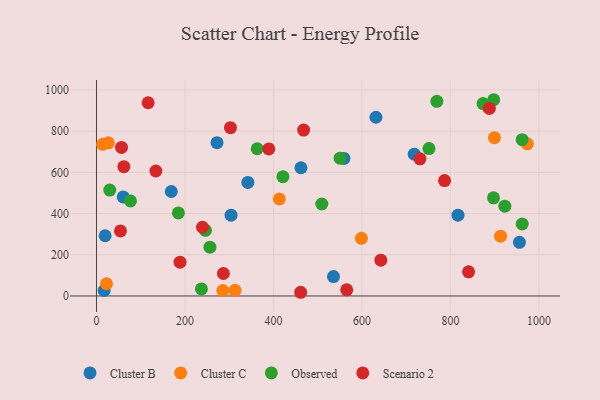
{"axis": {"x": "Study Hours", "y": "Exam Score"}, "legend": ["Cluster B", "Cluster C", "Observed", "Scenario 2"], "data": [{"x": "17.4", "y": 26.4, "type": "Cluster B"}, {"x": "304.2", "y": 392.2, "type": "Cluster B"}, {"x": "342.1", "y": 551.1, "type": "Cluster B"}, {"x": "169.1", "y": 507.0, "type": "Cluster B"}, {"x": "631.6", "y": 867.5, "type": "Cluster B"}, {"x": "535.7", "y": 94.1, "type": "Cluster B"}, {"x": "462.2", "y": 622.5, "type": "Cluster B"}, {"x": "19.6", "y": 292.4, "type": "Cluster B"}, {"x": "559.2", "y": 667.6, "type": "Cluster B"}, {"x": "718.1", "y": 688.3, "type": "Cluster B"}, {"x": "955.9", "y": 260.2, "type": "Cluster B"}, {"x": "272.5", "y": 744.1, "type": "Cluster B"}, {"x": "60.4", "y": 480.6, "type": "Cluster B"}, {"x": "817.1", "y": 392.2, "type": "Cluster B"}, {"x": "899.4", "y": 768.2, "type": "Cluster C"}, {"x": "313.2", "y": 27.5, "type": "Cluster C"}, {"x": "285.5", "y": 26.0, "type": "Cluster C"}, {"x": "22.7", "y": 59.2, "type": "Cluster C"}, {"x": "913.3", "y": 290.3, "type": "Cluster C"}, {"x": "973.9", "y": 738.3, "type": "Cluster C"}, {"x": "598.8", "y": 279.8, "type": "Cluster C"}, {"x": "413.3", "y": 470.9, "type": "Cluster C"}, {"x": "13.9", "y": 736.3, "type": "Cluster C"}, {"x": "26.8", "y": 743.3, "type": "Cluster C"}, {"x": "550.6", "y": 669.0, "type": "Observed"}, {"x": "256.4", "y": 236.8, "type": "Observed"}, {"x": "246.2", "y": 318.4, "type": "Observed"}, {"x": "509.3", "y": 446.5, "type": "Observed"}, {"x": "185.1", "y": 403.2, "type": "Observed"}, {"x": "751.5", "y": 715.6, "type": "Observed"}, {"x": "885.0", "y": 918.1, "type": "Observed"}, {"x": "421.4", "y": 579.3, "type": "Observed"}, {"x": "962.2", "y": 349.4, "type": "Observed"}, {"x": "30.0", "y": 514.0, "type": "Observed"}, {"x": "237.2", "y": 34.4, "type": "Observed"}, {"x": "873.8", "y": 933.8, "type": "Observed"}, {"x": "363.3", "y": 714.6, "type": "Observed"}, {"x": "962.1", "y": 758.7, "type": "Observed"}, {"x": "769.3", "y": 944.7, "type": "Observed"}, {"x": "923.0", "y": 435.7, "type": "Observed"}, {"x": "897.8", "y": 952.6, "type": "Observed"}, {"x": "76.8", "y": 461.3, "type": "Observed"}, {"x": "897.4", "y": 476.2, "type": "Observed"}, {"x": "731.2", "y": 665.7, "type": "Scenario 2"}, {"x": "61.9", "y": 627.8, "type": "Scenario 2"}, {"x": "642.7", "y": 173.5, "type": "Scenario 2"}, {"x": "56.6", "y": 720.9, "type": "Scenario 2"}, {"x": "888.0", "y": 910.4, "type": "Scenario 2"}, {"x": "389.5", "y": 713.9, "type": "Scenario 2"}, {"x": "841.0", "y": 117.2, "type": "Scenario 2"}, {"x": "302.8", "y": 817.1, "type": "Scenario 2"}, {"x": "239.6", "y": 333.5, "type": "Scenario 2"}, {"x": "134.2", "y": 606.5, "type": "Scenario 2"}, {"x": "786.7", "y": 560.3, "type": "Scenario 2"}, {"x": "116.8", "y": 937.9, "type": "Scenario 2"}, {"x": "188.9", "y": 163.8, "type": "Scenario 2"}, {"x": "468.2", "y": 805.2, "type": "Scenario 2"}, {"x": "565.6", "y": 29.7, "type": "Scenario 2"}, {"x": "286.9", "y": 109.1, "type": "Scenario 2"}, {"x": "461.5", "y": 17.9, "type": "Scenario 2"}, {"x": "54.2", "y": 315.8, "type": "Scenario 2"}]}